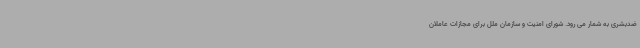
ضدبشری به شمار می رود. شورای امنیت و سازمان ملل برای مجازات عاملان